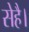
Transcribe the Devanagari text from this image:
सेहै।